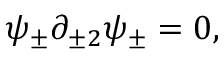
\psi _ { \pm } \partial _ { \pm 2 } \psi _ { \pm } = 0 ,